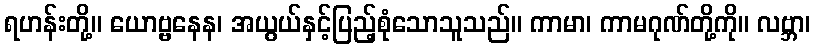
ရဟန်းတို့။ ယောဗ္ဗနေန၊ အယွယ်နှင့်ပြည့်စုံသောသူသည်။ ကာမာ၊ ကာမဂုဏ်တို့ကို။ လဗ္ဘာ၊